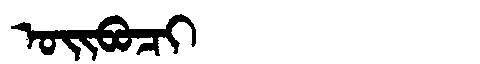
Manchu: ᠣᡳᠪᠣᠴᡳ
Romanization: OIBOCI